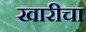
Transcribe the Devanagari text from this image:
खारीचा